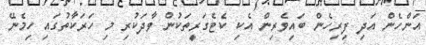
އަންހެން އަދި ފިރިހެން ބައިވެރިން އެކި ކެޓެގަރީތަކުން ވާދަކުރި މި ހަރަކާތުގައި ހިމެނޭ